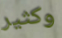
وكثير